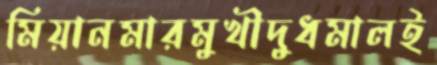
মিয়ানমারমুখীদুধমালই